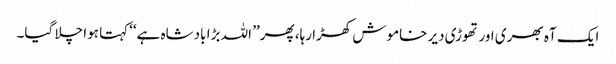
ایک آہ بھری اور تھوڑی دیر خاموش کھڑا رہا، پھر’’ اللہ بڑا بادشاہ ہے‘‘کہتا ہوا چلا گیا۔